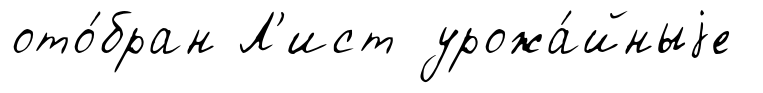
ото́бран Л'ист урожа́йныjе